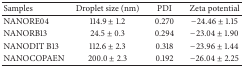
<table><thead><tr><td><b>Samples</b></td><td><b>Droplet size (nm)</b></td><td><b>PDI</b></td><td><b>Zeta potential</b></td></tr></thead><tbody><tr><td>NANORE04</td><td>114.9 ± 1.2</td><td>0.270</td><td>−24.46 ± 1.15</td></tr><tr><td>NANORB13</td><td>24.5 ± 0.3</td><td>0.294</td><td>−23.04 ± 1.90</td></tr><tr><td>NANODIT B13</td><td>112.6 ± 2.3</td><td>0.318</td><td>−23.96 ± 1.44</td></tr><tr><td>NANOCOPAEN</td><td>200.0 ± 2.3</td><td>0.192</td><td>−26.04 ± 2.25</td></tr></tbody></table>